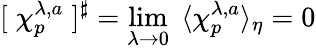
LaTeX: [\; \chi_{p}^{\lambda,a}\; ]^{\sharp}=\operatorname*{lim}_{\lambda\rightarrow 0}\; \, \langle\chi_{p}^{\lambda,a}\rangle_{\eta}=0